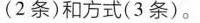
(2条)和方式(3条)。